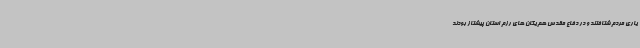
یاری مردم شتافتند و در دفاع مقدس هم یگان های رزم استان پیشتاز بودند